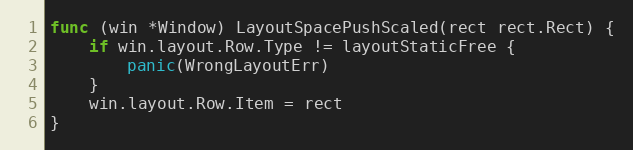
Language: Go
func (win *Window) LayoutSpacePushScaled(rect rect.Rect) {
	if win.layout.Row.Type != layoutStaticFree {
		panic(WrongLayoutErr)
	}
	win.layout.Row.Item = rect
}